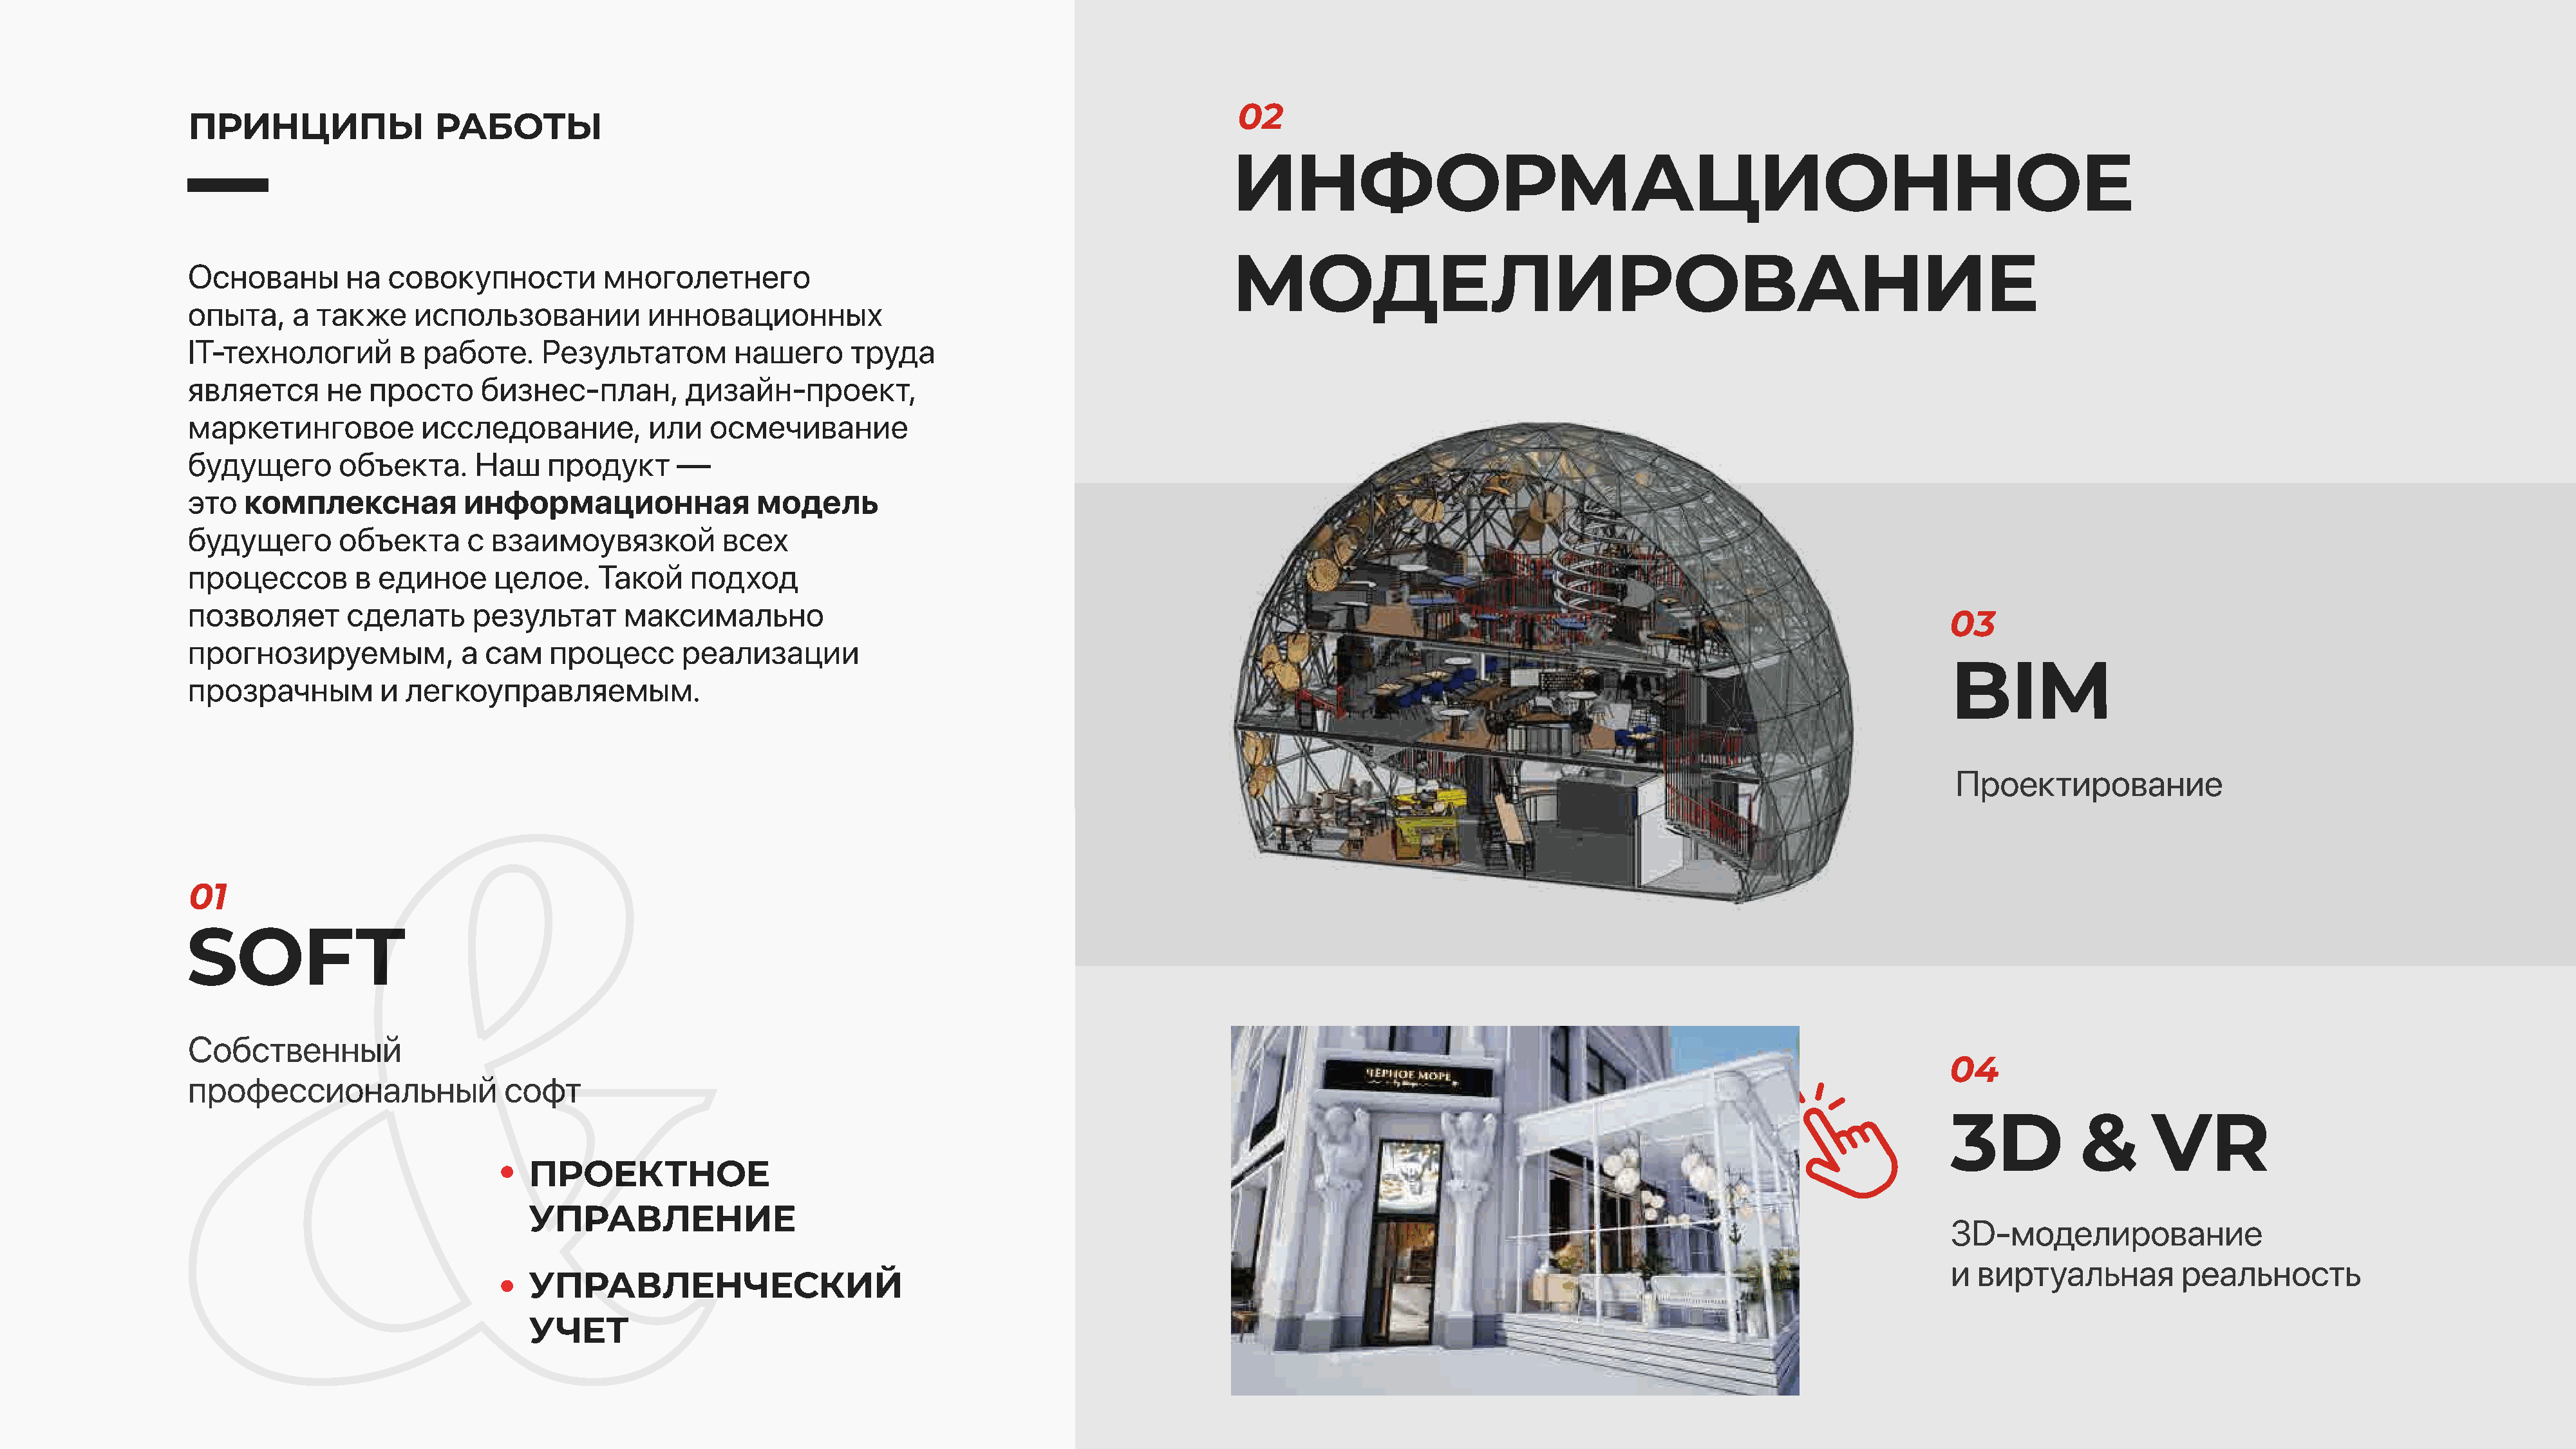
02
 ПРИНЦИПЫ                  РАБОТЫ
 ИНФОРМАЦИОННОЕ
 МОДЕЛИРОВАНИЕ
 Основаны         на  совокупности          многолетнего
 опыта,     а  также     использовании           инновационных
 IT-технологий         в работе.      Результатом        нашего      труда
 является       не  просто     бизнес-план,         дизайн-проект,
 маркетинговое           исследование,           или   осмечивание
 будущего        объекта.      Наш    продукт       —
 это   комплексная            информационная                модель
 будущего        объекта      с взаимоувязкой           всех
 процессов        в  единое      целое.    Такой     подход
 позволяет        сделать      результат      максимально
 03
 прогнозируемым,             а  сам   процесс       реализации
 BIM
 прозрачным          и  легкоуправляемым.
 Проектирование
 01
 SOFT
 Собственный
 04
 профессиональный                 софт
 3D           &      VR
 ПРОЕКТНОЕ
 УПРАВЛЕНИЕ
 3D-моделирование
 и виртуальная          реальность
 УПРАВЛЕНЧЕСКИЙ
 УЧЕТ